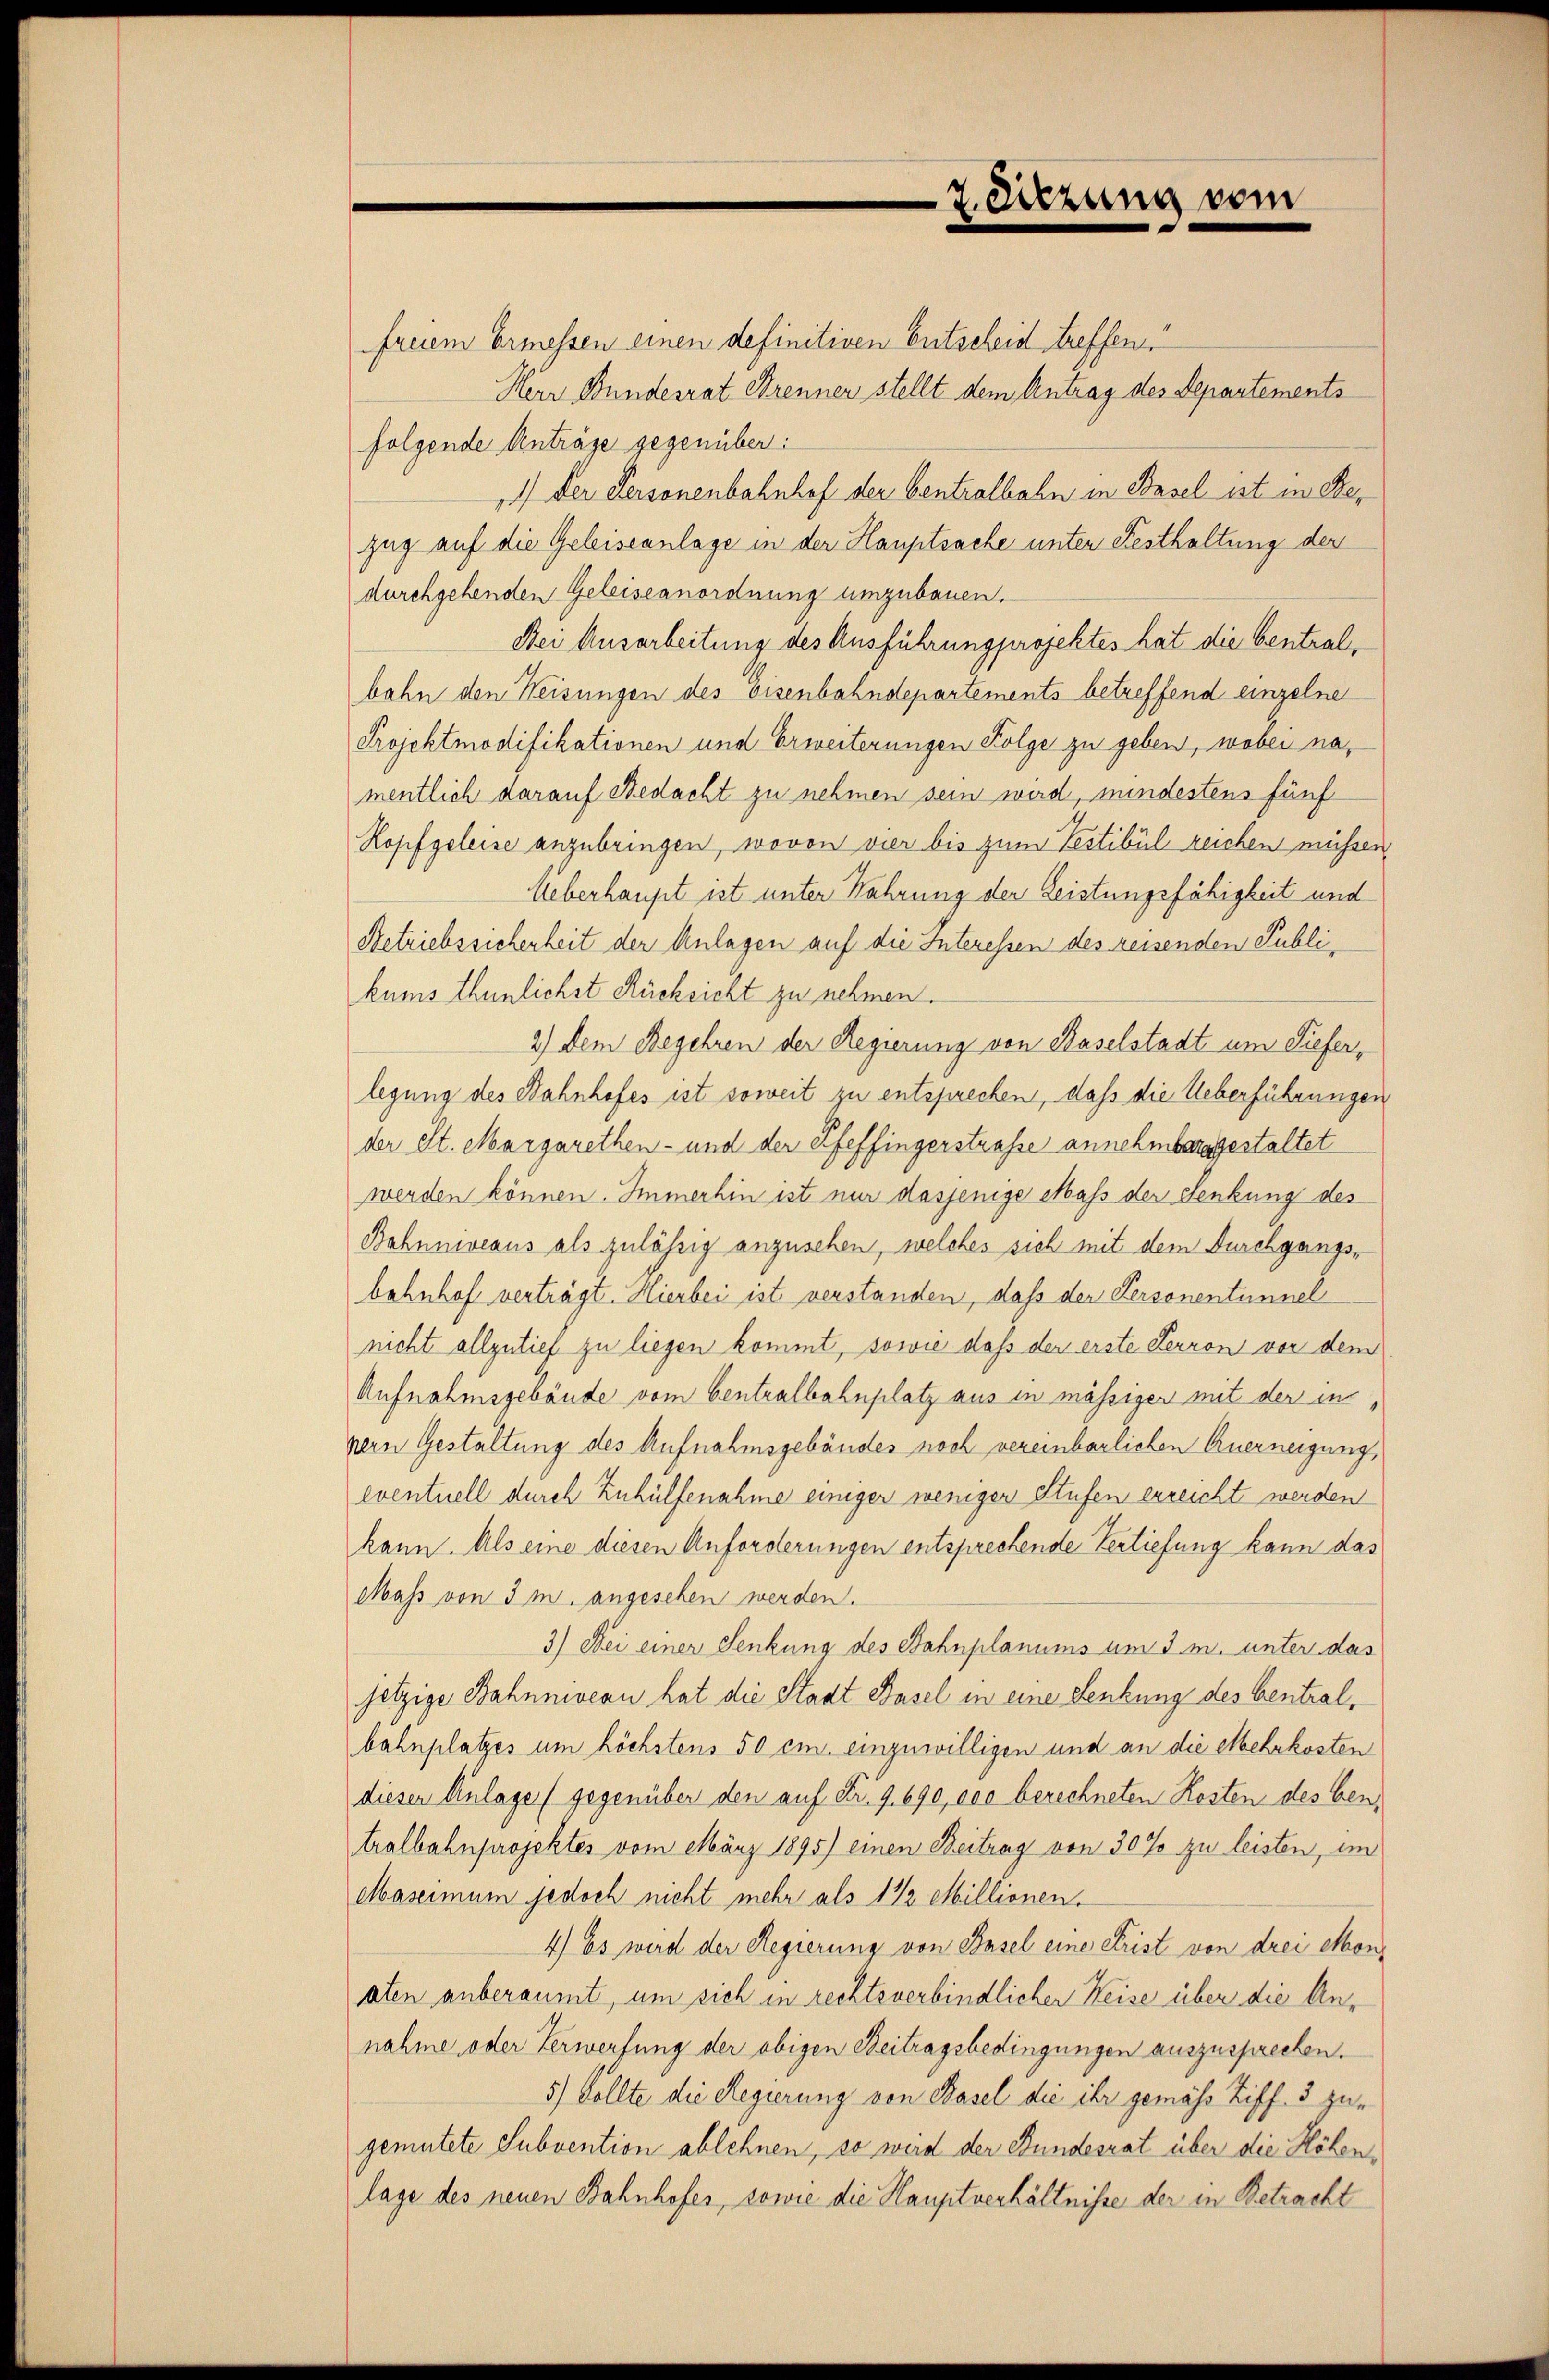
freiem Ermessen einen definitiven Entscheid treffen
Herr Bundesrat Brenner stellt dem Antrag des Departements
folgende Anträge gegenüber:
1.) Der Personenbahnhof der Centralbahn in Basel ist in Bezug auf die Geleiseanlage in der Hauptsache unter Festhaltung der
durchgehenden Geleiseanordnung umzubauen.
Dei Ausarbeitung des Ausführung projektes hat die Centralbahn den Weisungen des Eisenbahndepartements betreffend einzelne
Projektmodifikationen und Erweiterungen Folge zu geben, wobei namentlich darauf Redacht zu nehmen sein wird, mindestens fünf
Kopf geleise anzubringen, wovon vier bis zum Testibul reichen müssen,
Ueberhaupt ist unter Wahrung der Leistungsfähigkeit und
Betriebssichenheit der Anlagen auf die Interessen des reisenden Publikums thunlichst Rücksicht zu nehmen.
2.) Dem Begehren der Regierung von Baselstadt um Lieferlegung des Bahnhofes ist soweit zu entsprechen, daß die Ueberführungen
der elt. Margarethen- und der Pfeffingerstraße annehmbar gestaltet
werden können. Immerhin ist nur dasjenige Mass der Senkung des
Bahnniveaus als zulässig anzusehen, welches sich mit dem Durchgangsbahnhof verträgt. Hierbei ist verstanden, daß der Personentunnel
nicht allzulief zu liegen kommt, sowie daß der erste Ferron vor dem
Aufnahmsgebäude vom Centralbahnplatz aus in mässiger mit der in
nern Gestaltung des Aufnahmsgebäudes noch vereinbarlichen Auerneigung,
eventuell durch Zuhülfenahme einiger weniger Stufen erreicht werden
kann. Als eine diesen Anforderungen entsprechende Vertiefung kann das
Mass von 3 m. angesehen werden.
3) Bei einer Senkung des Bahnplanums um 3. m. unter das
jetzige Bahnniveau hat die Stadt Basel in eine Senkung des Centralbahnplatzes um höchstens 50 cm. einzuwilligen und an die etbehrkosten
diesen Anlage (gegenüber den auf Fr. 9. 690, 100 berechneten Kosten des bentralbahnprojektes vom März 1895) einen Beitrag von 30% zu leisten, im
Maseimum jedoch nicht mehr als 1 1/2 Millionen.
4) Es wird der Regierung von Basel eine Frist von drei Monaten anberaumt, um sich in rechtsverbindlicher Weise über die Annahme oder Verwerfung der obigen Beitragsbedingungen auszusprechen.
5.) Sollte die Regierung von Basel die ihr gemäss Ziff. 3 zugemutete Subvention ablehnen, so weid der Bundesrat über die Höhenlage des neuen Bahnhofes, sowie die Hauptverhältnisse der in Betracht

7. Sitzung vom